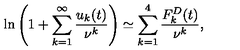
\ln \left( 1 + \sum _ { k = 1 } ^ { \infty } \frac { u _ { k } ( t ) } { \nu ^ { k } } \right) \simeq \sum _ { k = 1 } ^ { 4 } \frac { F _ { k } ^ { D } ( t ) } { \nu ^ { k } } { , }